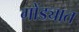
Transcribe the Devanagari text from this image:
गोंड्यात